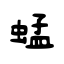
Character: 蜢